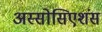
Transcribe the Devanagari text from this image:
अस्सोसिएशंस